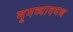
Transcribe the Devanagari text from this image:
मृगव्यादयश्च